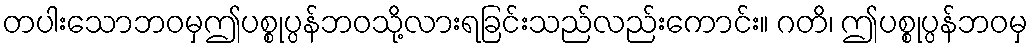
တပါးသောဘဝမှဤပစ္စုပ္ပန်ဘဝသို့လားရခြင်းသည်လည်းကောင်း။ ဂတိ၊ ဤပစ္စုပ္ပန်ဘဝမှ